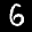
Label: 6